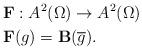
LaTeX: \begin{align*}\mathbf{F}&: A^2(\Omega)\to A^2(\Omega)\\\mathbf{F}&(g)=\mathbf{B}(\overline{g}).\end{align*}